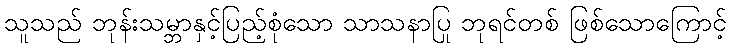
သူသည် ဘုန်းသမ္ဘာနှင့်ပြည့်စုံသော သာသနာပြု ဘုရင်တစ် ဖြစ်သောကြောင့်